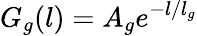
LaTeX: G_{g}(l)=A_{g}e^{-l/l_{g}}